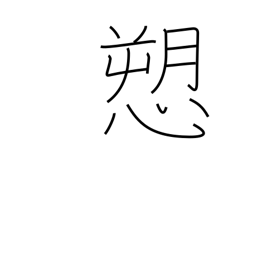
Meaning: complain of